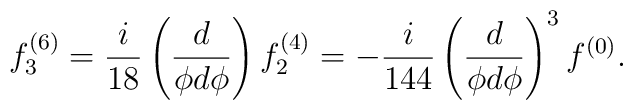
f^{(6)}_3 =  \frac{i}{18} \left( \frac{d}{\phi d \phi}\right) f^{(4)}_2= -\frac{i}{144} \left( \frac{d}{\phi d \phi}\right)^3 f^{(0)} .